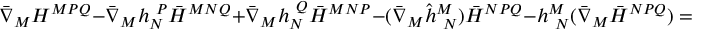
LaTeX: \bar { \nabla } _ { M } { \cal H } ^ { M P Q } - \bar { \nabla } _ { M } h _ { N } ^ { ~ P } \bar { H } ^ { M N Q } + \bar { \nabla } _ { M } h _ { N } ^ { ~ Q } \bar { H } ^ { M N P } - ( \bar { \nabla } _ { M } \hat { h } _ { ~ N } ^ { M } ) \bar { H } ^ { N P Q } - h _ { ~ N } ^ { M } ( \bar { \nabla } _ { M } \bar { H } ^ { N P Q } ) = 0 .